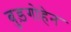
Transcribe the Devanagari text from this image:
बुड़गोहेन